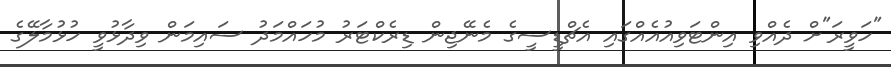
"ހަވީރަ"ށް ދެއްވި އިންޓަވިއުއެއްގައި އެޗްޑީސީގެ މެނޭޖިން ޑިރެކްޓަރު މުހައްމަދު ސައިމަން ވިދާޅުވީ ހުޅުމާލޭގެ